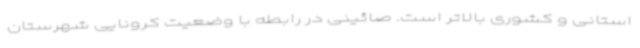
استانی و کشوری بالاتر است. صائینی در رابطه با وضعیت کرونایی شهرستان‌